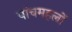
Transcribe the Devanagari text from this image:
पांचमहलों